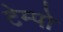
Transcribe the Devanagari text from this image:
टेम्‍पो